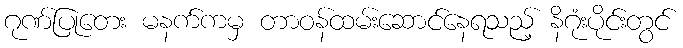
ဂုဏ်ပြုတေး မနက်ကမှ တာဝန်ထမ်းဆောင်နေရသည့် နိဂုံးပိုင်းတွင်